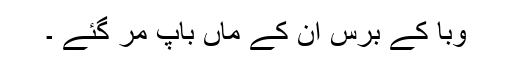
وبا کے برس اُن کے ماں باپ مر گئے ۔